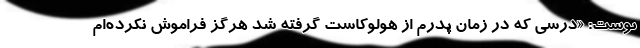
نوشت: «درسی که در زمان پدرم از هولوکاست گرفته شد هرگز فراموش نکرده‌ام